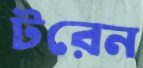
টরেন